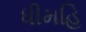
ધીમહિ